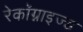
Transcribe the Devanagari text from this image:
रेकॉग्नाइज्ड